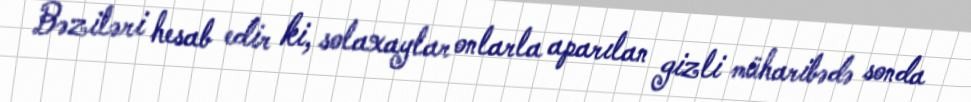
Bəziləri hesab edir ki, solaxaylar onlarla aparılan gizli müharibədə sonda